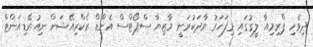
ދިވެހި ޕްރިމިއާ ލީގުގައި މިފަހަރު ވާދަކުރަނީ މާޒިޔާ ސްޕޯޓްސް އެންޑް ރެކްރިއޭޝަން ނިއުރޭޑިއަންޓް